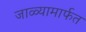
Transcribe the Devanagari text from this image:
जाळ्यामार्फत